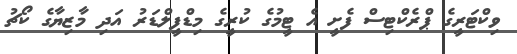
ވިކްޓަރީގެ ޕްރެކްޓިސް ފެށީ އެ ޓީމުގެ ކުރީގެ މިޑްފީލްޑަރު އަދި މާޒިޔާގެ ކޯޗު